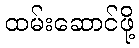
ထမ်းဆောင်ဖို့